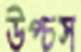
উপ্‌চস